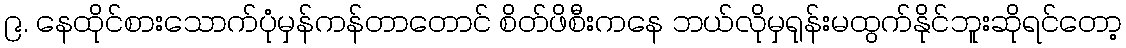
၉. နေထိုင်စားသောက်ပုံမှန်ကန်တာတောင် စိတ်ဖိစီးကနေ ဘယ်လိုမှရုန်းမထွက်နိုင်ဘူးဆိုရင်တော့